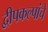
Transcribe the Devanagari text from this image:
द्वीपकल्पांचे